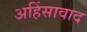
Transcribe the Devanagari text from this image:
अहिंसावाद